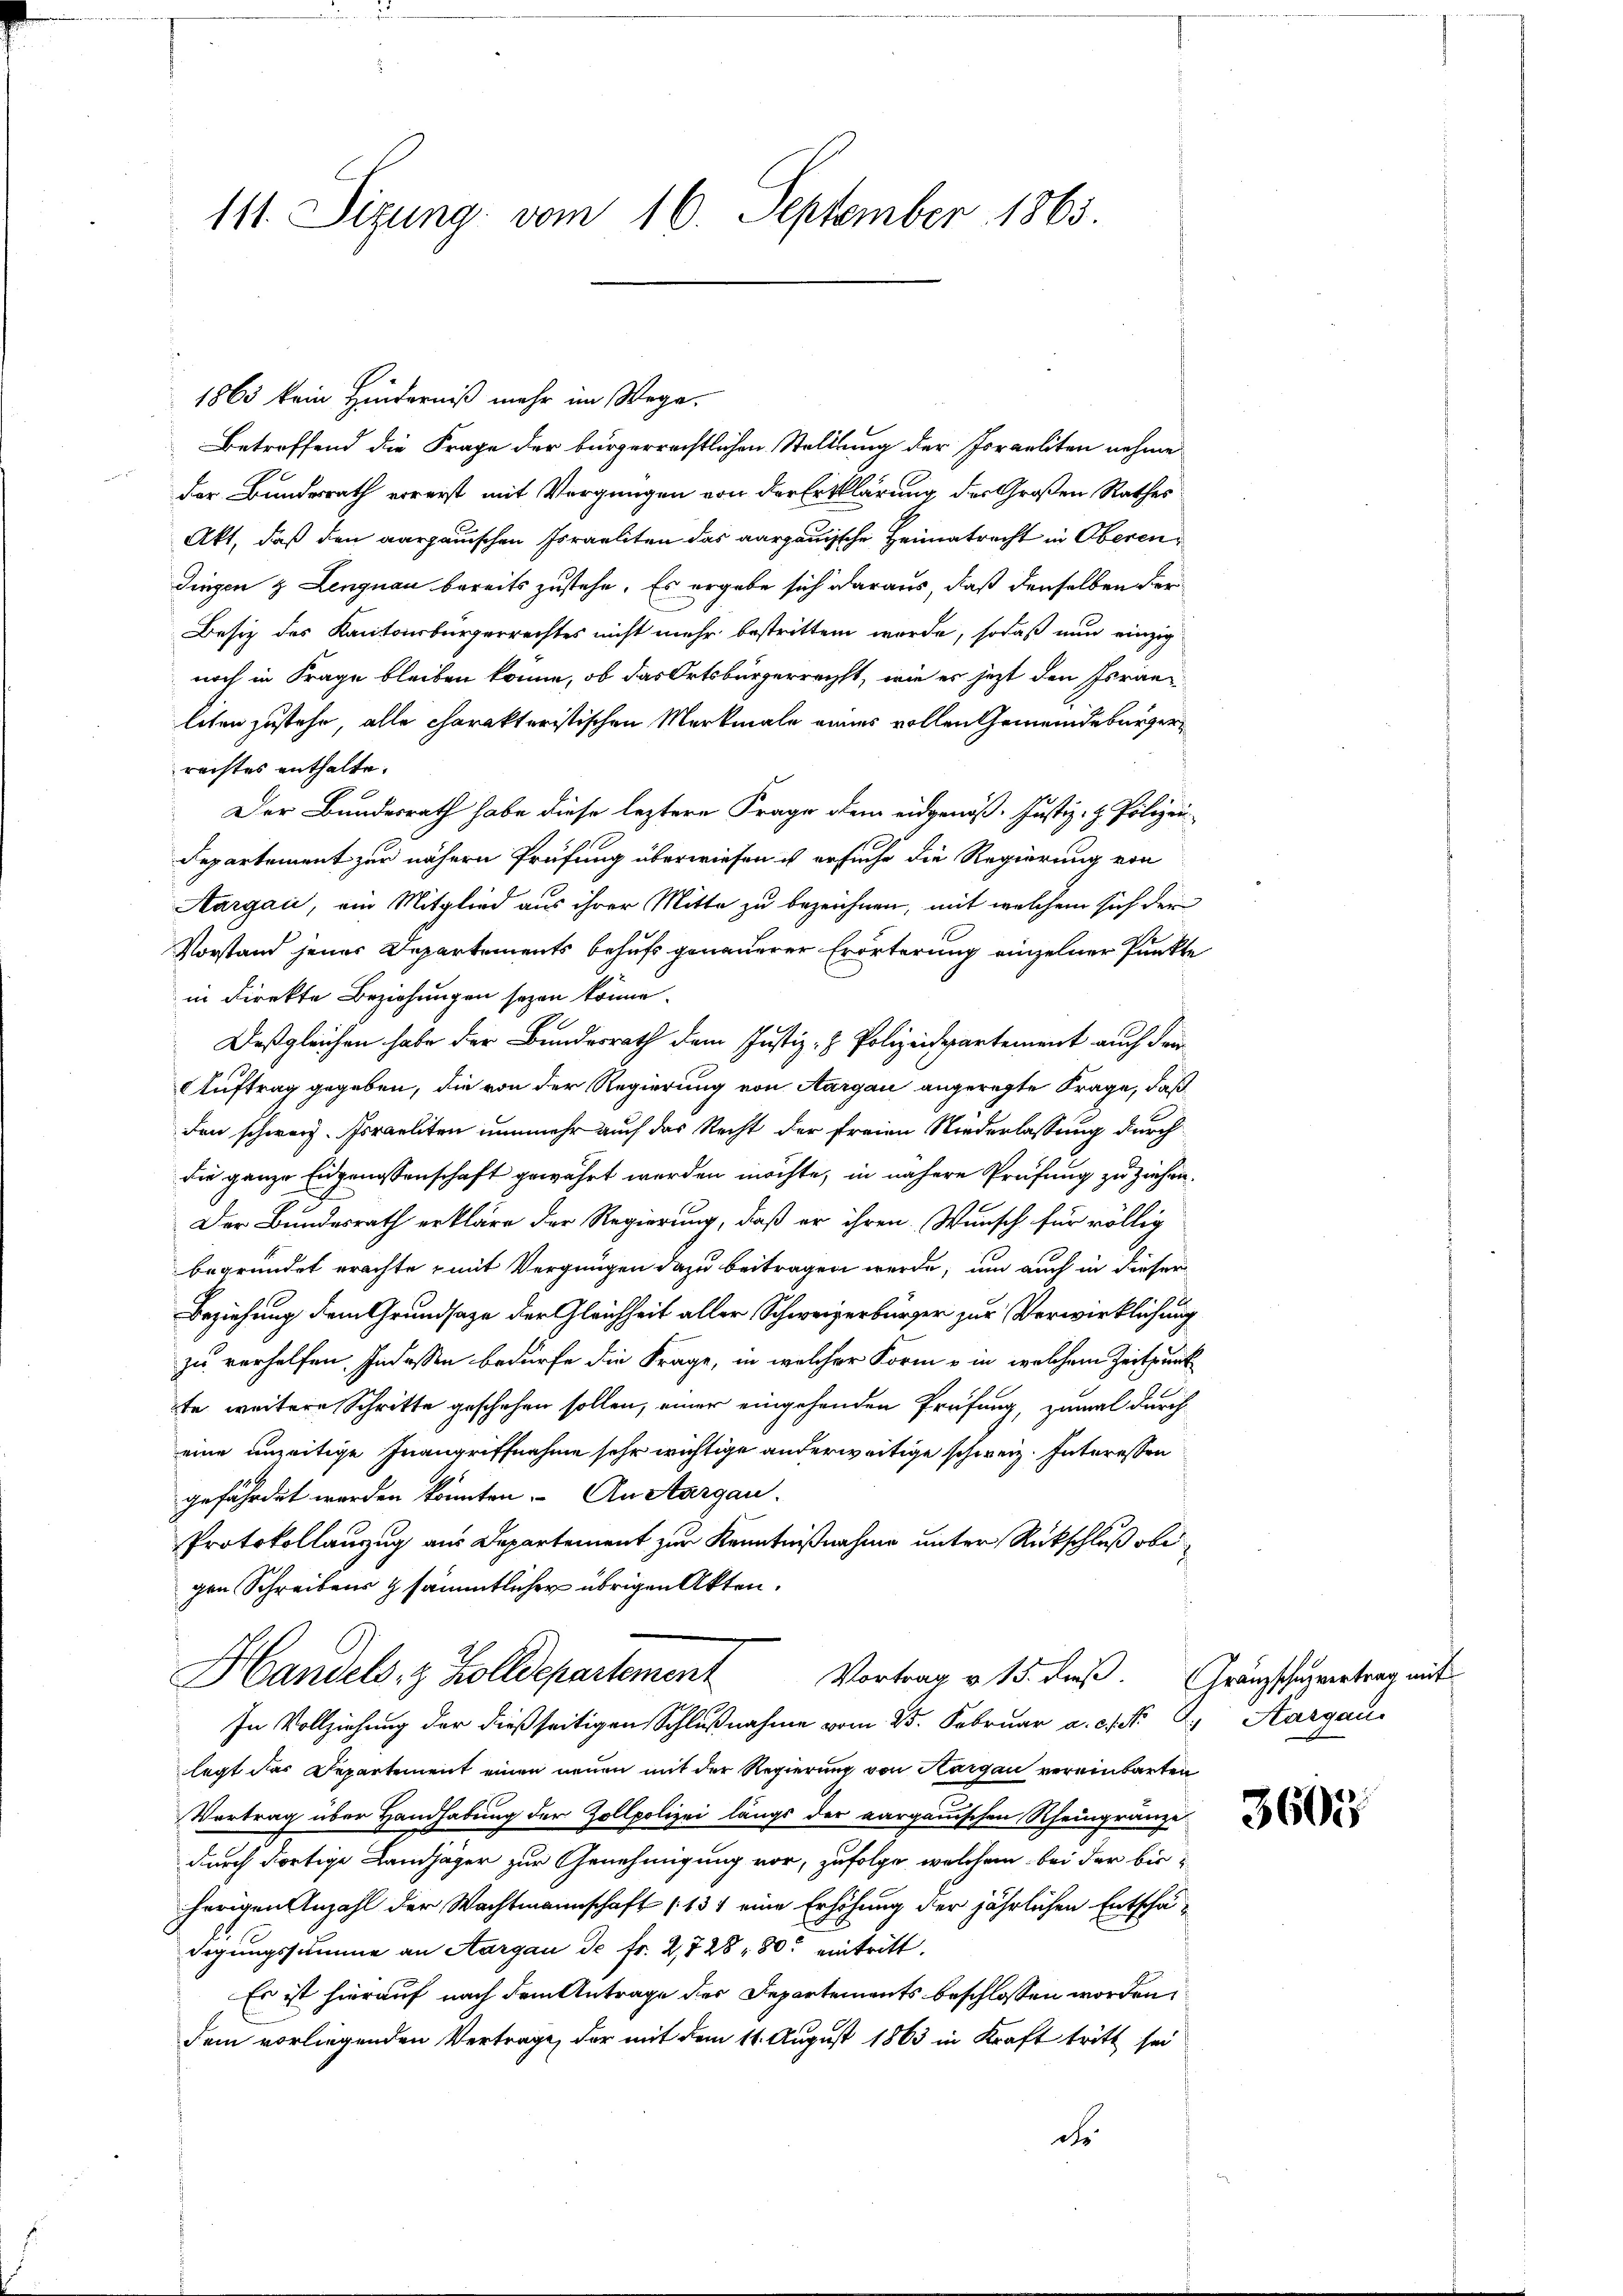
111. Sizung vom 16. September 1865

1865 kein Hinderniß mehr im Wege.
Betreffend die Frage der bürgerrechtlichen Stellung der Joraeliten nehme
der Bundesrath vorerst mit Vergnügen von der Erklärung der Großen Rathes
Akt, daß den aargauischen Israeliten das aargauische Heimatrecht in Oberen¬
Dingen & Lengnau bereits zustehe. Es ergabe sich daraus, daß denselben der
Besiz des Kantonsbürgerrechtes nicht mehr bestritten wurde, sodaß nun einzig
noch in Frage bleiben könne, ob das Ortsbürgerrecht, wie es jetzt den Israe
liten zustehe, alle charakteristischen Merkmale eines vollen Gemeindebürgerrechtes enthalte.
Der Bundesrath habe diese leztere Frage dem eidgenöß. Justiz- & Polizei
Departement zur nähern Prüfung überwiesen ist ersuche die Regierung von
Aargau, ein Mitglied aus ihrer Mitte zu bezeichnen, mit welchem sich der
Vorstand jenes Departements behufs genauerer Erörterung einzelner Punkte
in Direkte Beziehungen seyen könne.
Deßgleichen habe der Bundesrath dem Justiz- & Polizeidepartement auch dem
Auftrag gegeben, die von der Regierung von Aargau angeregte Frage, daß
den schweiz. Poraeliten nunmehr auch das Recht der freien Niederlassung durch
die ganze Eidgenossenschaft gewährt werden möchte, in nähere Prüfung zu ziehen.
Der Bundesrath erkläre der Regierung, daß er ihren Wunsch für völlig
begründet erachte, mit Vergnügen dazu beitragen werde, um auch in dieser
Beziehung dem Grundsaze der Gleichheit aller Schweizerbürger zur Verwirklichung
zu verhelfen. Indessen bedürfe die Frage, in welcher Form ein welchem Zeitpunk
te weitere Schritte geschehen sollen, einer eingehenden Prüfung, zumal durch
eine anzeitige Inangriffnahme sehr wichtige anderweitige schweiz. Interessen
gefährdet werden könnten. An Aargau.
Protokollanzug aus Departement zur Kenntnißnahme unter Rückschluß obe
gen Schreibens & sämmtlicher übrigen Akten.
Handels- & Zolldepartement
Vortrag v. 15. dieß. Gränzschulvertrag mit
In Vollziehung der dießseitigen Schlußnahme vom 25. Februar a. c. . .
legt das Departement einen neuen mit der Regierung von Aargau vereinbarten
Vertrag über Handhabung der Zollpolizei längs der aarganischen Rheingränze
durch dortige Landjäger zur Genehmigung vor, zufolge, welchem bei der bis
herigen Anzahl der Wachtmannschaft (134 eine Erhöhung der jährlichen Entschädigungssumme an Aargau de fr. 2,728, 80 eintritt.
Es ist hierauf nach dem Antrage des Departements beschlossen worden,
dem vorliegenden Vertrage, der mit dem 14. August 1863 in Kraft tritt sei
ch

Aargau.

3605